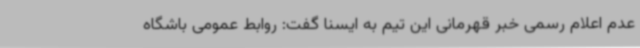
عدم اعلام رسمی خبر قهرمانی این تیم به ایسنا گفت: روابط عمومی باشگاه